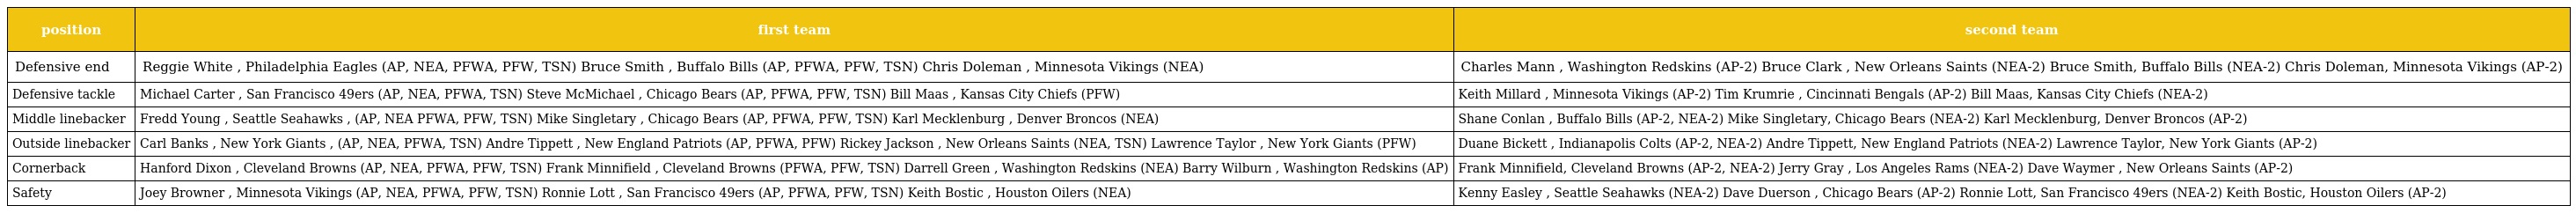
| position | first team | second team |
 | --- | --- | --- |
 | Defensive end | Reggie White , Philadelphia Eagles (AP, NEA, PFWA, PFW, TSN) Bruce Smith , Buffalo Bills (AP, PFWA, PFW, TSN) Chris Doleman , Minnesota Vikings (NEA) | Charles Mann , Washington Redskins (AP-2) Bruce Clark , New Orleans Saints (NEA-2) Bruce Smith, Buffalo Bills (NEA-2) Chris Doleman, Minnesota Vikings (AP-2) |
 | Defensive tackle | Michael Carter , San Francisco 49ers (AP, NEA, PFWA, TSN) Steve McMichael , Chicago Bears (AP, PFWA, PFW, TSN) Bill Maas , Kansas City Chiefs (PFW) | Keith Millard , Minnesota Vikings (AP-2) Tim Krumrie , Cincinnati Bengals (AP-2) Bill Maas, Kansas City Chiefs (NEA-2) |
 | Middle linebacker | Fredd Young , Seattle Seahawks , (AP, NEA PFWA, PFW, TSN) Mike Singletary , Chicago Bears (AP, PFWA, PFW, TSN) Karl Mecklenburg , Denver Broncos (NEA) | Shane Conlan , Buffalo Bills (AP-2, NEA-2) Mike Singletary, Chicago Bears (NEA-2) Karl Mecklenburg, Denver Broncos (AP-2) |
 | Outside linebacker | Carl Banks , New York Giants , (AP, NEA, PFWA, TSN) Andre Tippett , New England Patriots (AP, PFWA, PFW) Rickey Jackson , New Orleans Saints (NEA, TSN) Lawrence Taylor , New York Giants (PFW) | Duane Bickett , Indianapolis Colts (AP-2, NEA-2) Andre Tippett, New England Patriots (NEA-2) Lawrence Taylor, New York Giants (AP-2) |
 | Cornerback | Hanford Dixon , Cleveland Browns (AP, NEA, PFWA, PFW, TSN) Frank Minnifield , Cleveland Browns (PFWA, PFW, TSN) Darrell Green , Washington Redskins (NEA) Barry Wilburn , Washington Redskins (AP) | Frank Minnifield, Cleveland Browns (AP-2, NEA-2) Jerry Gray , Los Angeles Rams (NEA-2) Dave Waymer , New Orleans Saints (AP-2) |
 | Safety | Joey Browner , Minnesota Vikings (AP, NEA, PFWA, PFW, TSN) Ronnie Lott , San Francisco 49ers (AP, PFWA, PFW, TSN) Keith Bostic , Houston Oilers (NEA) | Kenny Easley , Seattle Seahawks (NEA-2) Dave Duerson , Chicago Bears (AP-2) Ronnie Lott, San Francisco 49ers (NEA-2) Keith Bostic, Houston Oilers (AP-2) |